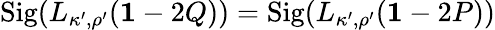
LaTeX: \mathrm{Sig}(L_{\kappa^{\prime},\rho^{\prime}}({\mathbf 1}-2Q))=\mathrm{Sig}(L_{\kappa^{\prime},\rho^{\prime}}({\mathbf 1}-2P))